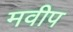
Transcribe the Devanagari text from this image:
मवीप